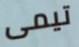
تيمى